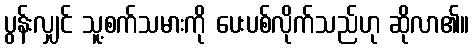
ပွန်းလျှင် သူ့စက်သမားကို ပေးပစ်လိုက်သည်ဟု ဆိုလာ၏။